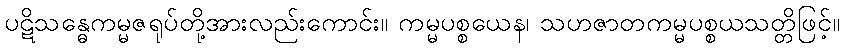
ပဋိသန္ဓေကမ္မဇရုပ်တို့အားလည်းကောင်း။ ကမ္မပစ္စယေန၊ သဟဇာတကမ္မပစ္စယသတ္တိဖြင့်။